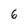
Character: 6